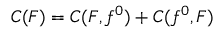
C ( F ) = C ( F , f ^ { 0 } ) + C ( f ^ { 0 } , F )